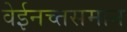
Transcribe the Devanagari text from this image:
वेईनच्तसमान